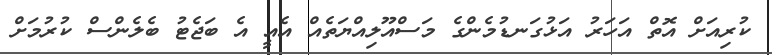
ކުރިއަށް އޮތް އަހަރު އަޅުގަނޑުމެންގެ މަސްއޫލިއްޔަތެއް އެއީ އެ ބަޖެޓު ބެލެންސް ކުރުމަށް